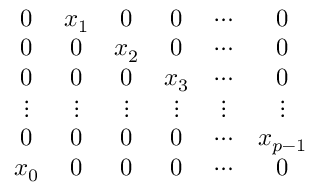
\begin{array} { c c c c c c } { { 0 } } & { { x _ { 1 } } } & { { 0 } } & { { 0 } } & { { \cdots } } & { { 0 } } \\ { { 0 } } & { { 0 } } & { { x _ { 2 } } } & { { 0 } } & { { \cdots } } & { { 0 } } \\ { { 0 } } & { { 0 } } & { { 0 } } & { { x _ { 3 } } } & { { \cdots } } & { { 0 } } \\ { { \vdots } } & { { \vdots } } & { { \vdots } } & { { \vdots } } & { { \vdots } } & { { \vdots } } \\ { { 0 } } & { { 0 } } & { { 0 } } & { { 0 } } & { { \cdots } } & { { x _ { p - 1 } } } \\ { { x _ { 0 } } } & { { 0 } } & { { 0 } } & { { 0 } } & { { \cdots } } & { { 0 } } \end{array}